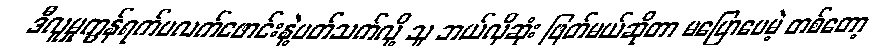
ဒီလူမှုကွန်ရက်ပလက်ဖောင်းနဲ့ပတ်သက်လို့ သူ ဘယ်လိုဆုံး ဖြတ်မယ်ဆိုတာ မပြောပေမဲ့ တစ်တော့